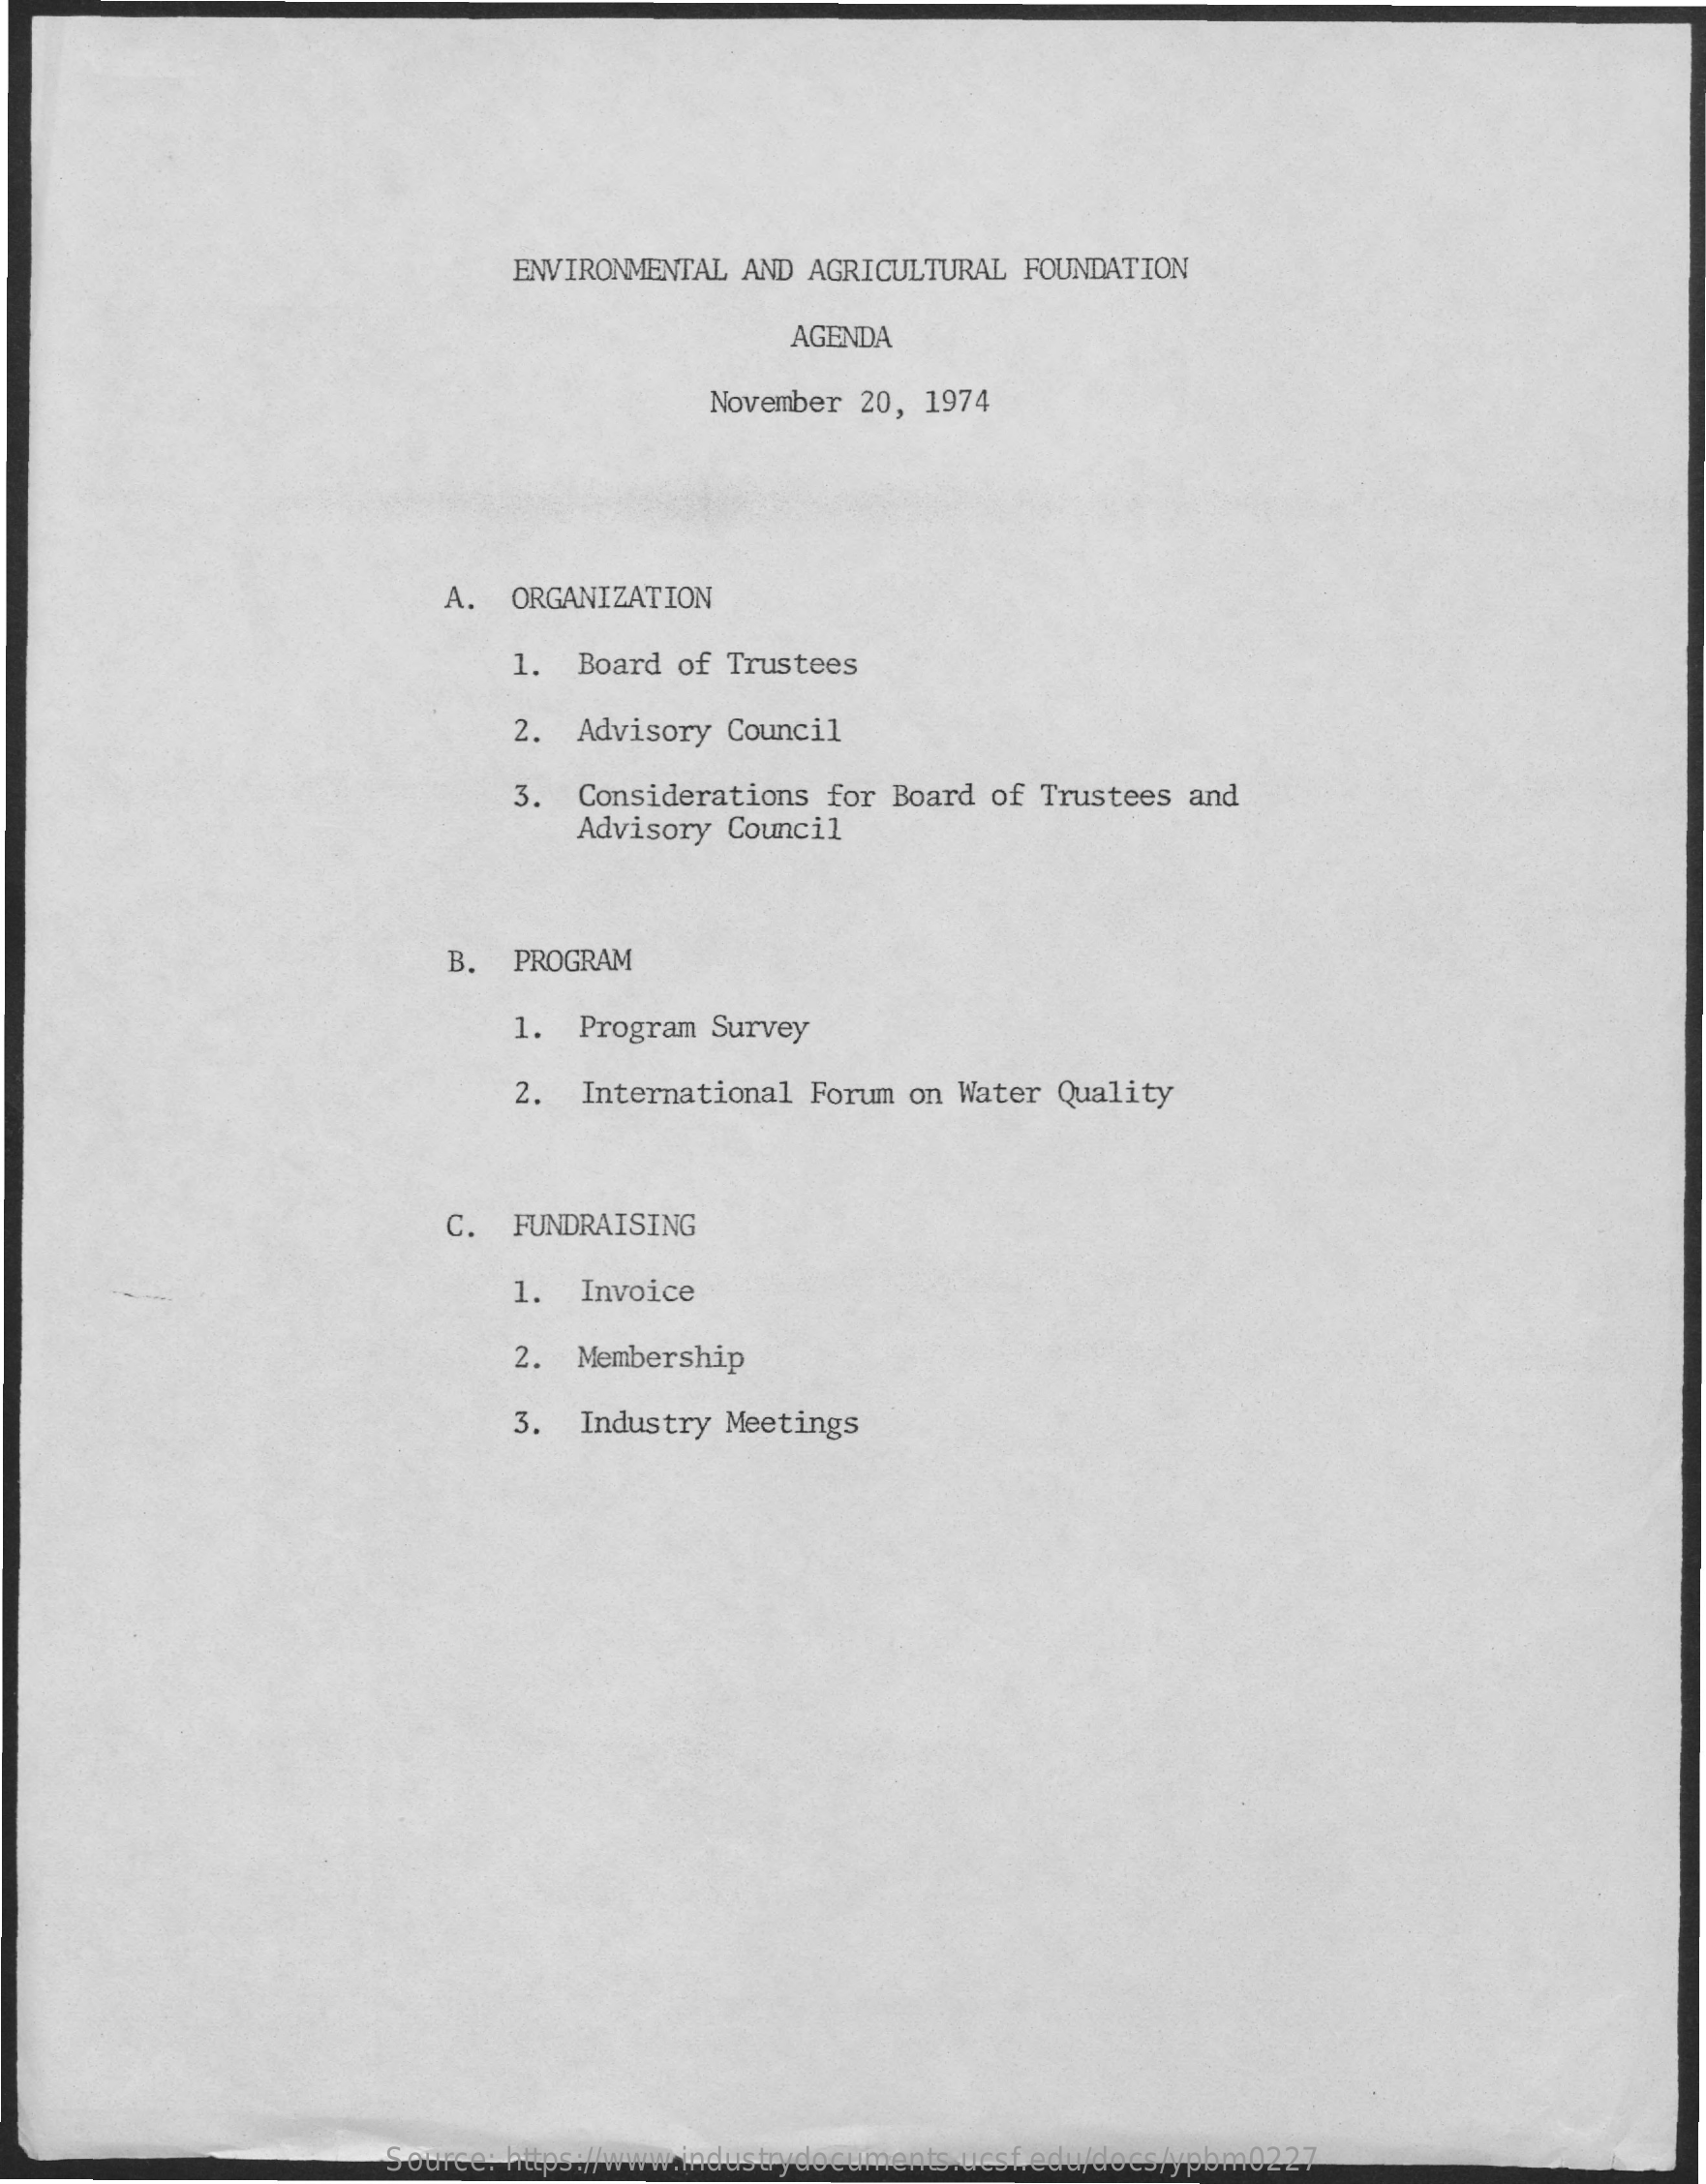
ENVIRONMENTAL AND AGRICULTURAL  FOUNDATION
     AGENDA
     November  20, 1974
     A.  ORGANIZATION
     1.  Board of Trustees
     2.  Advisory Council
     3.  Considerations for Board  of Trustees and
     Advisory Council
     B. PROGRAM
     1.  Program Survey
     2.  International Forum on  Water Quality
     C.  FUNDRAISING
     1.  Invoice
     2.  Membership
     3.  Industry Meetings
     Source: https://www.industrydocuments.ucsf.edu/docs/ypbm0227